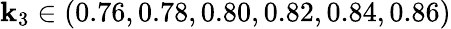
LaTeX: \mathbf{k}_{3}\in(0.76,0.78,0.80,0.82,0.84,0.86)